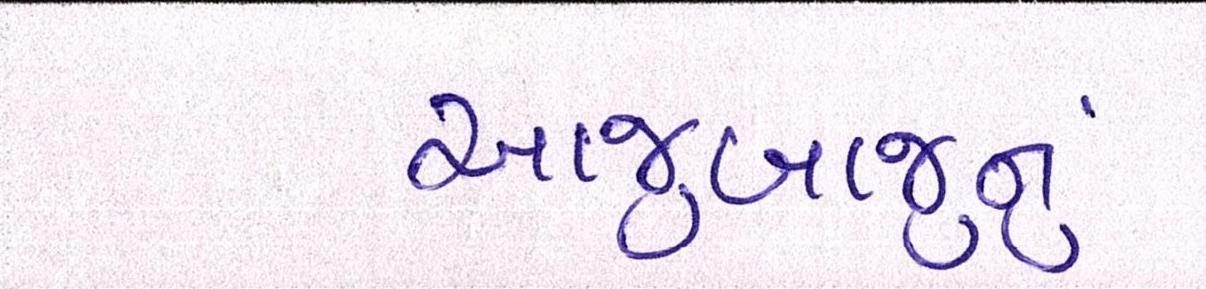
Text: આજુબાજુનું